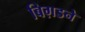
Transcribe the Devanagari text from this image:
बिग़डने